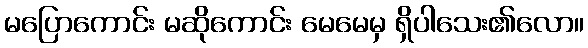
မပြောကောင်း မဆိုကောင်း မေမေမှ ရှိပါသေး၏လော။